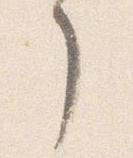
了